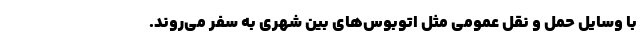
با وسایل حمل و نقل عمومی مثل اتوبوس‌های بین شهری به سفر می‌روند.